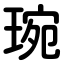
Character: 琬